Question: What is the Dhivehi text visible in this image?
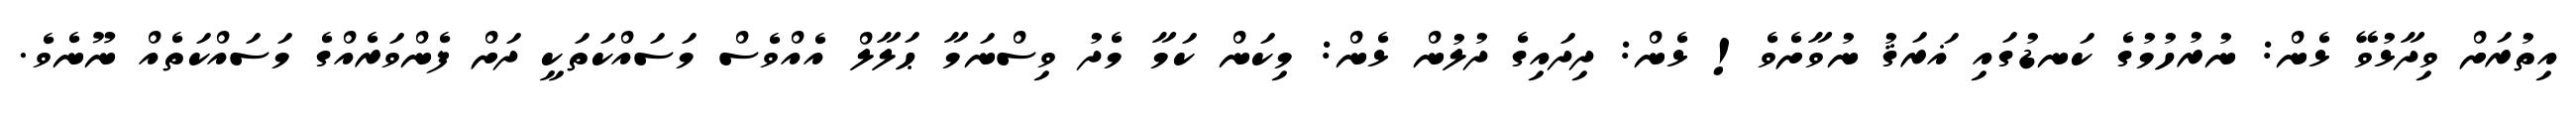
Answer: އިތުރަށް ވިދާޅުވޭ ޅެން: ނުރުހުމުގެ ކަނޑުގައި ޣަރަޤު ނުވާށެވެ! ޅެން: ދިދައިގެ ދުލުން ޅެން: މިކަން ކަމާ މެދު ވިސްނަމާ ޙަލާލް އެއްވެސް މަސައްކަތަކީ ދަށް ފެންވަރެއްގެ މަސައްކަތެއް ނޫނެވެ.